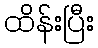
ထိန်းပြီး